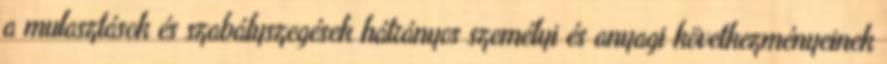
a mulasztások és szabályszegések hátrányos személyi és anyagi következményeinek